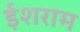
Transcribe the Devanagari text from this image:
ईशराम